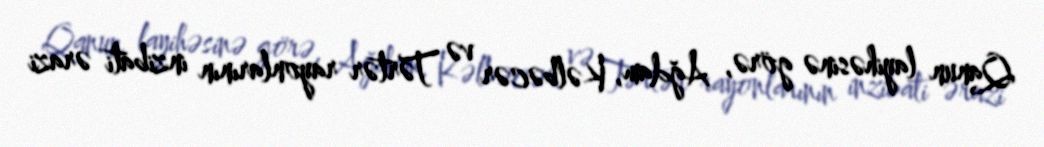
Qanun layihəsinə görə, Ağdam, Kəlbəcər və Tərtər rayonlarının inzibati ərazi